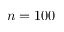
n = 1 0 0